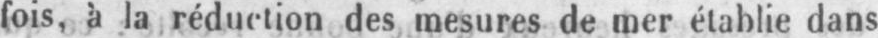
fois, à la réduction des mesures de mer établie dans